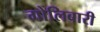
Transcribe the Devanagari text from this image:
गोलिबारी